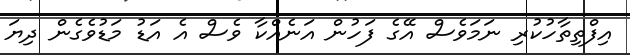
އިފްތިތާހުކުރި ނަމަވެސް އޭގެ ފަހުން އަނެއްކާ ވެސް އެ އަޑު މަޑުވެގެން ދިޔަ